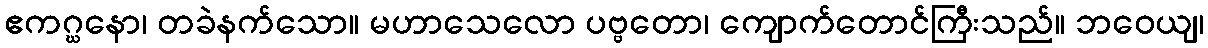
ဧကဂ္ဃနော၊ တခဲနက်သော။ မဟာသေလော ပဗ္ဗတော၊ ကျောက်တောင်ကြီးသည်။ ဘဝေယျ၊